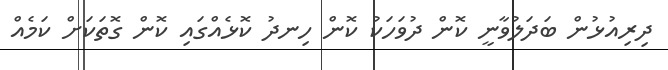
ދިރިއުޅުން ބަދަލުވާނީ ކޮން ދުވަހަކު ކޮން ހިނދު ކޮޅެއްގައި ކޮން ގޮތަކަށް ކަމެއް